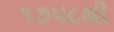
૧૭૫૮થી